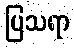
ပြသရာ